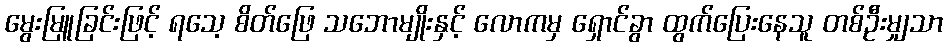
မွေးမြူခြင်းဖြင့် ရသေ့ စိတ်ဖြေ သဘောမျိုးနှင့် လောကမှ ရှောင်ခွာ ထွက်ပြေးနေသူ တစ်ဦးမျှသာ